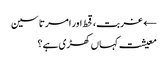
← غربت، قحط اور امرتا سین
معیشت کہاں کھڑی ہے؟